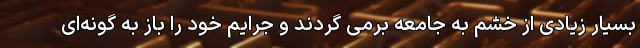
بسیار زیادی از خشم به جامعه برمی گردند و جرایم خود را باز به گونه‌ای